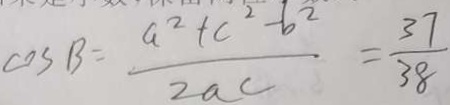
\cos B = \frac { a ^ { 2 } + c ^ { 2 } - b ^ { 2 } } { 2 a c } = \frac { 3 7 } { 3 8 }